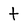
Character: t